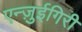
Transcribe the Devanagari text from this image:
एन्ज़ुईगिरी